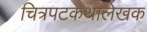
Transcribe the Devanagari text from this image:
चित्रपटकथालेखक